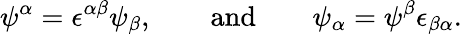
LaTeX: \psi^{\alpha}=\epsilon^{\alpha\beta}\psi_{\beta},\qquad\mathrm{and}\qquad\psi_{\alpha}=\psi^{\beta}\epsilon_{\beta\alpha}.